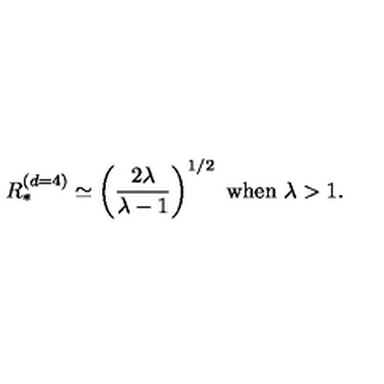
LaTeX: R _ { * } ^ { ( d = 4 ) } \simeq \left( \frac { 2 \lambda } { \lambda - 1 } \right) ^ { 1 / 2 } \ \mathrm { w h e n } \ \lambda > 1 .